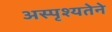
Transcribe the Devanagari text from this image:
अस्पृश्यतेने